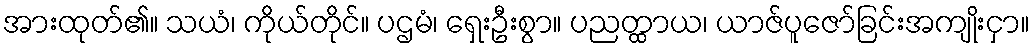
အားထုတ်၏။ သယံ၊ ကိုယ်တိုင်။ ပဌမံ၊ ရှေးဦးစွာ။ ပညတ္ထာယ၊ ယာဇ်ပူဇော်ခြင်းအကျိုးငှာ။